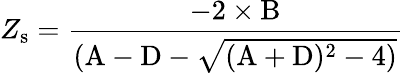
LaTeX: Z_{\mathrm{s}}=\frac{-2\times\mathrm{B}}{(\mathrm{A}-\mathrm{D}-\sqrt{(\mathrm{A}+\mathrm{D})^{2}-4)}}